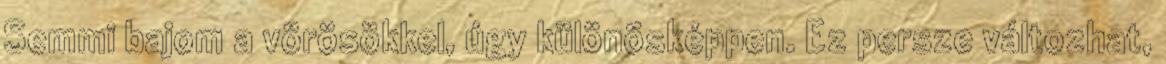
Semmi bajom a vörösökkel, úgy különösképpen. Ez persze változhat,